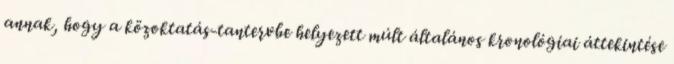
annak, hogy a közoktatás-tantervbe helyezett múlt általános kronológiai áttekintése